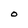
Character: O